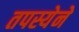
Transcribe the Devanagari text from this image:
तपस्येने